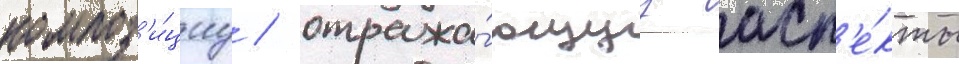
композ'и́циу / отража́ющуу асп'е́кты